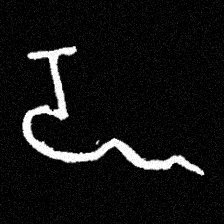
Pyu character \u2014 Myanmar letter: ဍ (romanized: dda)